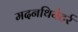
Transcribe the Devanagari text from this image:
मदनथियेटर्र